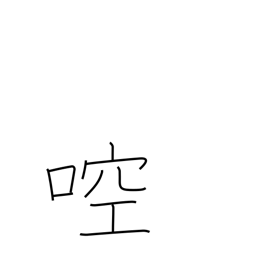
Meaning: gargle